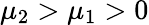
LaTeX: \mu_{2}>\mu_{1}>0